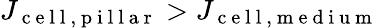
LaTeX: J_{\mathrm{~c~e~l~l~,~p~i~l~l~a~r~}}>J_{\mathrm{~c~e~l~l~,~m~e~d~i~u~m~}}